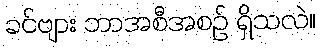
ခင်ဗျား ဘာအစီအစဉ် ရှိသလဲ။